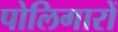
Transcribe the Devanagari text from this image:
पोलिगारों